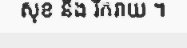
សុខ និង រីករាយ ។